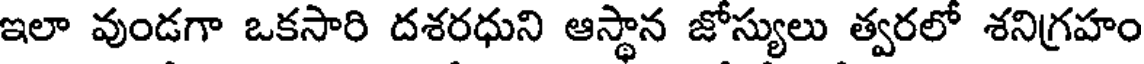
ఇలా వుండగా ఒకసారి దశరధుని ఆస్థాన జోస్యులు త్వరలో శనిగ్రహం